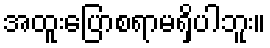
အထူးပြောစရာမရှိပါဘူး။